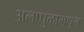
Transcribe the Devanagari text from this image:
अलप्पुळामधून